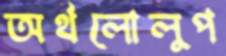
অর্থলোলুপ